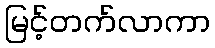
မြင့်တက်လာကာ